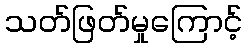
သတ်ဖြတ်မှုကြောင့်